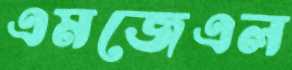
এমজেএল